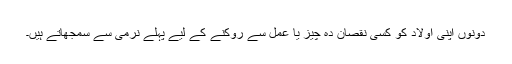
دونوں اپنی اولاد کو کسی نقصان دہ چیز یا عمل سے روکنے کے لیے پہلے نرمی سے سمجھاتے ہیں۔